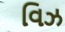
વિઝ